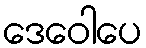
ဒေဝေါပေ